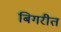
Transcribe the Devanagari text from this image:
बिगरीत